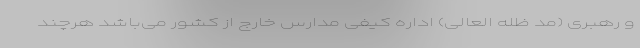
و رهبری (مد ظله العالی) اداره کیفی مدارس خارج از کشور می‌باشد هرچند